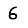
Digit: 6